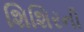
શિશિરની